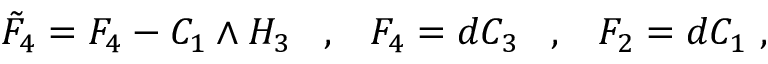
\tilde { F } _ { 4 } = F _ { 4 } - C _ { 1 } \wedge H _ { 3 } \; \; \; , \; \; \; F _ { 4 } = d C _ { 3 } \; \; \; , \; \; \; F _ { 2 } = d C _ { 1 } \ ,